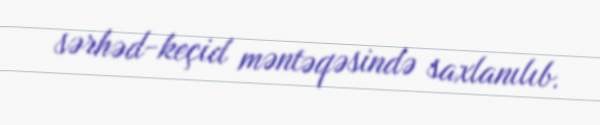
sərhəd-keçid məntəqəsində saxlanılıb.